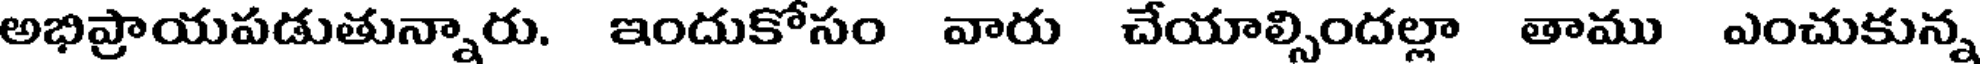
అభిప్రాయపడుతున్నారు. ఇందుకోసం వారు చేయాల్సిందల్లా తాము ఎంచుకున్న